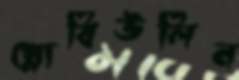
গ্লোবিউলিন